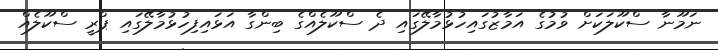
ނަމޫނާ ސްކޫލަކަށް ވުމުގެ އަމާޒުގައިހުޅުމާލޭގައި ދެ ސްކޫލެއްގެ ބިންގާ އަޅައިފިހުޅުމާލޭގައި ޕްރީ ސްކޫލެއް